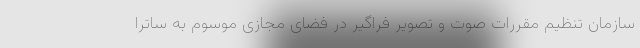
سازمان تنظیم مقررات صوت و تصویر فراگیر در فضای مجازی موسوم به ساترا